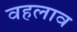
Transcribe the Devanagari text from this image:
वहलाव